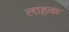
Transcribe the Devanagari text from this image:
लाहक